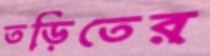
তড়িতের